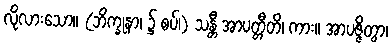
လိုလားသော။ (ဘိက္ခုနာ၊ ၌ စပ်၊) သန္တီ အာပတ္တီတိ၊ ကား။ အာပဇ္ဇိတွာ၊